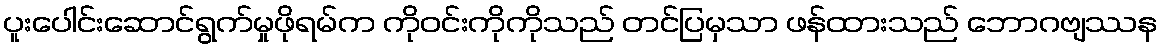
ပူးပေါင်းဆောင်ရွက်မှုဖိုရမ်က ကိုဝင်းကိုကိုသည် တင်ပြမှသာ ဖန်ထားသည် ဘောဂဗျဿန